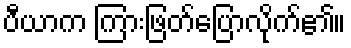
ပီယာက ကြားဖြတ်ပြောလိုက်၏။